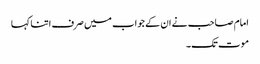
امام صاحب نے ان کے جواب میں صرف اتنا کہا
موت تک۔